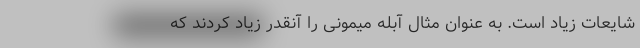
شایعات زیاد است. به عنوان مثال آبله میمونی را آنقدر زیاد کردند که